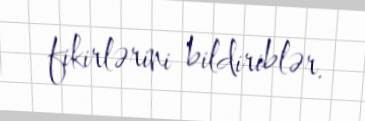
fikirlərini bildiriblər.